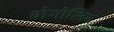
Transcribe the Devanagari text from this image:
वोगोलिन